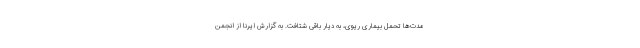
مدت‌ها تحمل بیماری ریوی، به دیار باقی شتافت. به گزارش ایرنا از انجمن